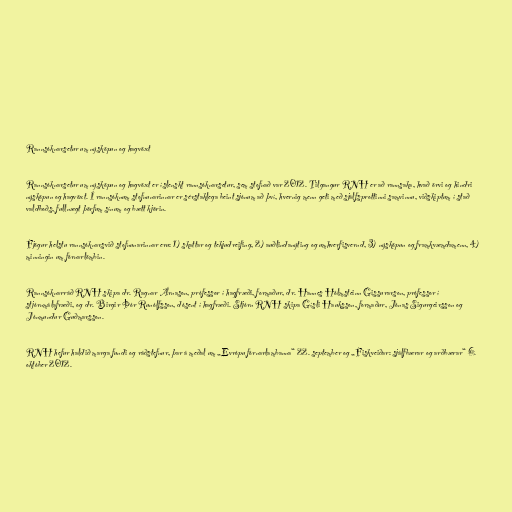
Rannsóknarsetur um nýsköpun og hagvöxt

Rannsóknarsetur um nýsköpun og hagvöxt er íslenskt rannsóknarsetur, sem stofnað var 2012. Tilgangur RNH er að rannsaka, hvað örvi og hindri
nýsköpun og hagvöxt. Í rannsóknum stofnunarinnar er sérstaklega beint sjónum að því, hvernig menn geti með sjálfsprottinni samvinnu, viðskiptum í stað
valdboðs, fullnægt þörfum sínum og bætt kjörin.

Fjögur helstu rannsóknarsvið stofnunarinnar eru: 1) skattar og tekjudreifing, 2) auðlindanýting og umhverfisvernd, 3) nýsköpun og framkvæmdamenn, 4)
minningin um fórnarlömbin.

Rannsóknarráð RNH skipa dr. Ragnar Árnason, prófessor í hagfræði, formaður, dr. Hannes Hólmsteinn Gissurarson, prófessor í
stjórnmálafræði, og dr. Birgir Þór Runólfsson, dósent í hagfræði. Stjórn RNH skipa Gísli Hauksson, formaður, Jónas Sigurgeirsson og
Jónmundur Guðmarsson.

RNH hefur haldið marga fundi og ráðstefnur, þar á meðal um „Evrópu fórnarlambanna“ 22. september og „Fiskveiðar: sjálfbærar og arðbærar“ 6.
október 2012.